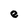
Character: e